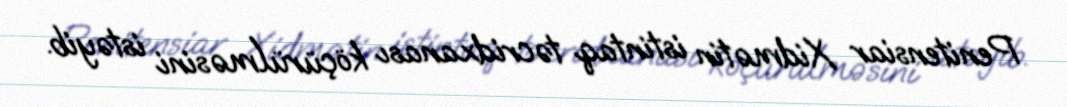
Penitensiar Xidmətin istintaq təcridxanası köçürülməsini istəyib.